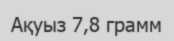
Ақуыз 7,8 грамм